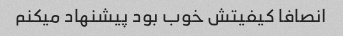
انصافا کیفیتش خوب بود پیشنهاد میکنم